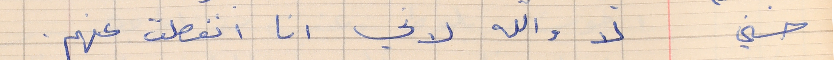
حسني       لا والله لوني انا انفصلت عنهم .